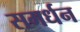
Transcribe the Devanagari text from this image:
समर्धन